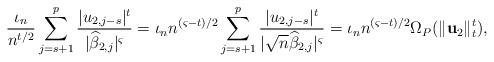
LaTeX: \begin{align*}\frac{\iota_n}{n^{t/2}} \sum\limits_{j=s+1}^{p} \frac{\vert u_{2,j-s} \vert^{t}}{\vert \widehat{\beta}_{2,j} \vert^{\varsigma}} = \iota_n n^{(\varsigma -t)/2} \sum\limits_{j=s+1}^{p} \frac{\vert u_{2,j-s} \vert^{t}}{\vert \sqrt{n} \widehat{\beta}_{2,j} \vert^{\varsigma}} = \iota_n n^{(\varsigma -t)/2} \Omega_P (\Vert \mathbf{u}_2 \Vert_{t}^{t}),\end{align*}